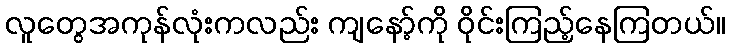
လူတွေအကုန်လုံးကလည်း ကျနော့်ကို ဝိုင်းကြည့်နေကြတယ်။